Report on the working of the mental hospitals for Indians in Bihar and Orissa - 1925-1929
Year: 1925
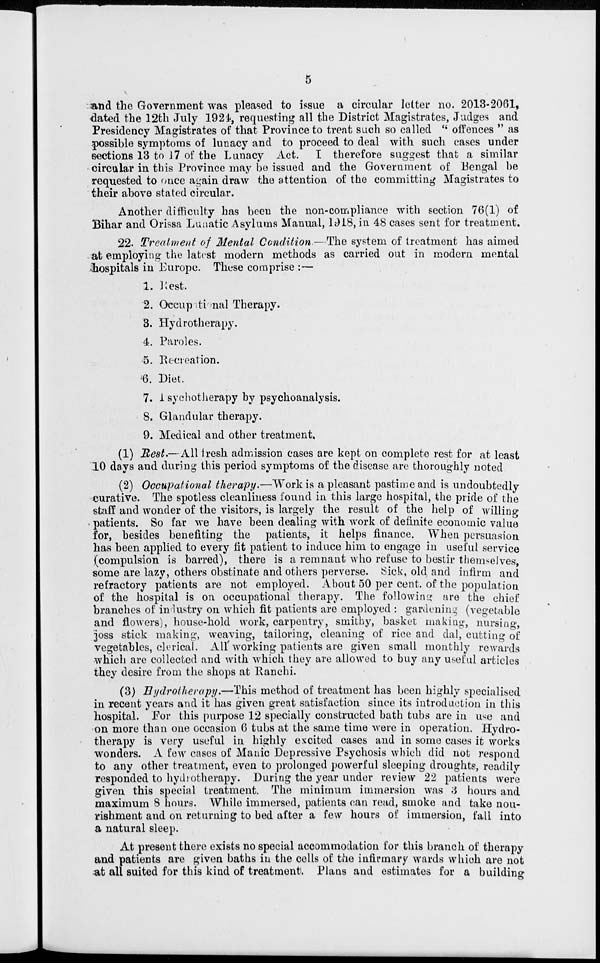
5
and the Government was pleased to issue a circular letter no. 2013-2061,
dated the 12th July 1924, requesting all the District Magistrates, Judges and
Presidency Magistrates of that Province to treat such so called " offences " as
possible symptoms of lunacy and to proceed to deal with such cases under
sections 13 to 17 of the Lunacy Act. I therefore suggest that a similar
circular in this Province may be issued and the Government of Bengal be
requested to once again draw the attention of the committing Magistrates to
their above stated circular.
Another difficulty has been the non-compliance with section 76(1) of
Bihar and Orissa Lunatic Asylums Manual, 1918, in 48 cases sent for treatment.
22. Treatment of Mental Condition.—The system of treatment has aimed
at employing the latest modern methods as carried out in modern mental
hospitals in Europe. These comprise :—
1. Rest.
2. Occupational Therapy.
3. Hydrotherapy.
4. Paroles.
5. Recreation.
6. Diet.
7. Psychotherapy by psychoanalysis.
8. Glandular therapy.
9. Medical and other treatment.
(1) Rest.—All fresh admission cases are kept on complete rest for at least
10 days and during this period symptoms of the disease are thoroughly noted
(2) Occupational therapy.—Work is a pleasant pastime and is undoubtedly
curative. The spotless cleanliness found in this large hospital, the pride of the
staff and wonder of the visitors, is largely the result of the help of willing
patients. So far we have been dealing with work of definite economic value
for, besides benefiting the patients, it helps finance. When persuasion
has been applied to every fit patient to induce him to engage in useful service
(compulsion is barred), there is a remnant who refuse to bestir themselves,
some are lazy, others obstinate and others perverse. Sick, old and infirm and
refractory patients are not employed. About 50 per cent. of the population
of the hospital is on occupational therapy. The following are the chief
branches of industry on which fit patients are employed : gardening (vegetable
and flowers), house-hold work, carpentry, smithy, basket making, nursing,
joss stick making, weaving, tailoring, cleaning of rice and dal, cutting of
vegetables, clerical. All working patients are given small monthly rewards
which are collected and with which they are allowed to buy any useful articles
they desire from the shops at Ranchi.
(3) Hydrotherapy.—This method of treatment has been highly specialised
in recent years and it has given great satisfaction since its introduction in this
hospital. For this purpose 12 specially constructed bath tubs are in use and
on more than one occasion 6 tubs at the same time were in operation. Hydro-
therapy is very useful in highly excited cases and in some cases it works
wonders. A few cases of Manic Depressive Psychosis which did not respond
to any other treatment, even to prolonged powerful sleeping droughts, readily
responded to hydrotherapy. During the year under review 22 patients were
given this special treatment. The minimum immersion was 3 hours and
maximum 8 hours. While immersed, patients can read, smoke and take nou-
rishment and on returning to bed after a few hours of immersion, fall into
a natural sleep.
At present there exists no special accommodation for this branch of therapy
and patients are given baths in the cells of the infirmary wards which are not
at all suited for this kind of treatment. Plans and estimates for a building